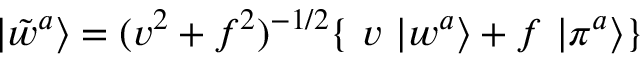
| \tilde { w } ^ { a } \rangle = ( v ^ { 2 } + f ^ { 2 } ) ^ { - 1 / 2 } \{ ~ v ~ | w ^ { a } \rangle + f ~ | \pi ^ { a } \rangle \}